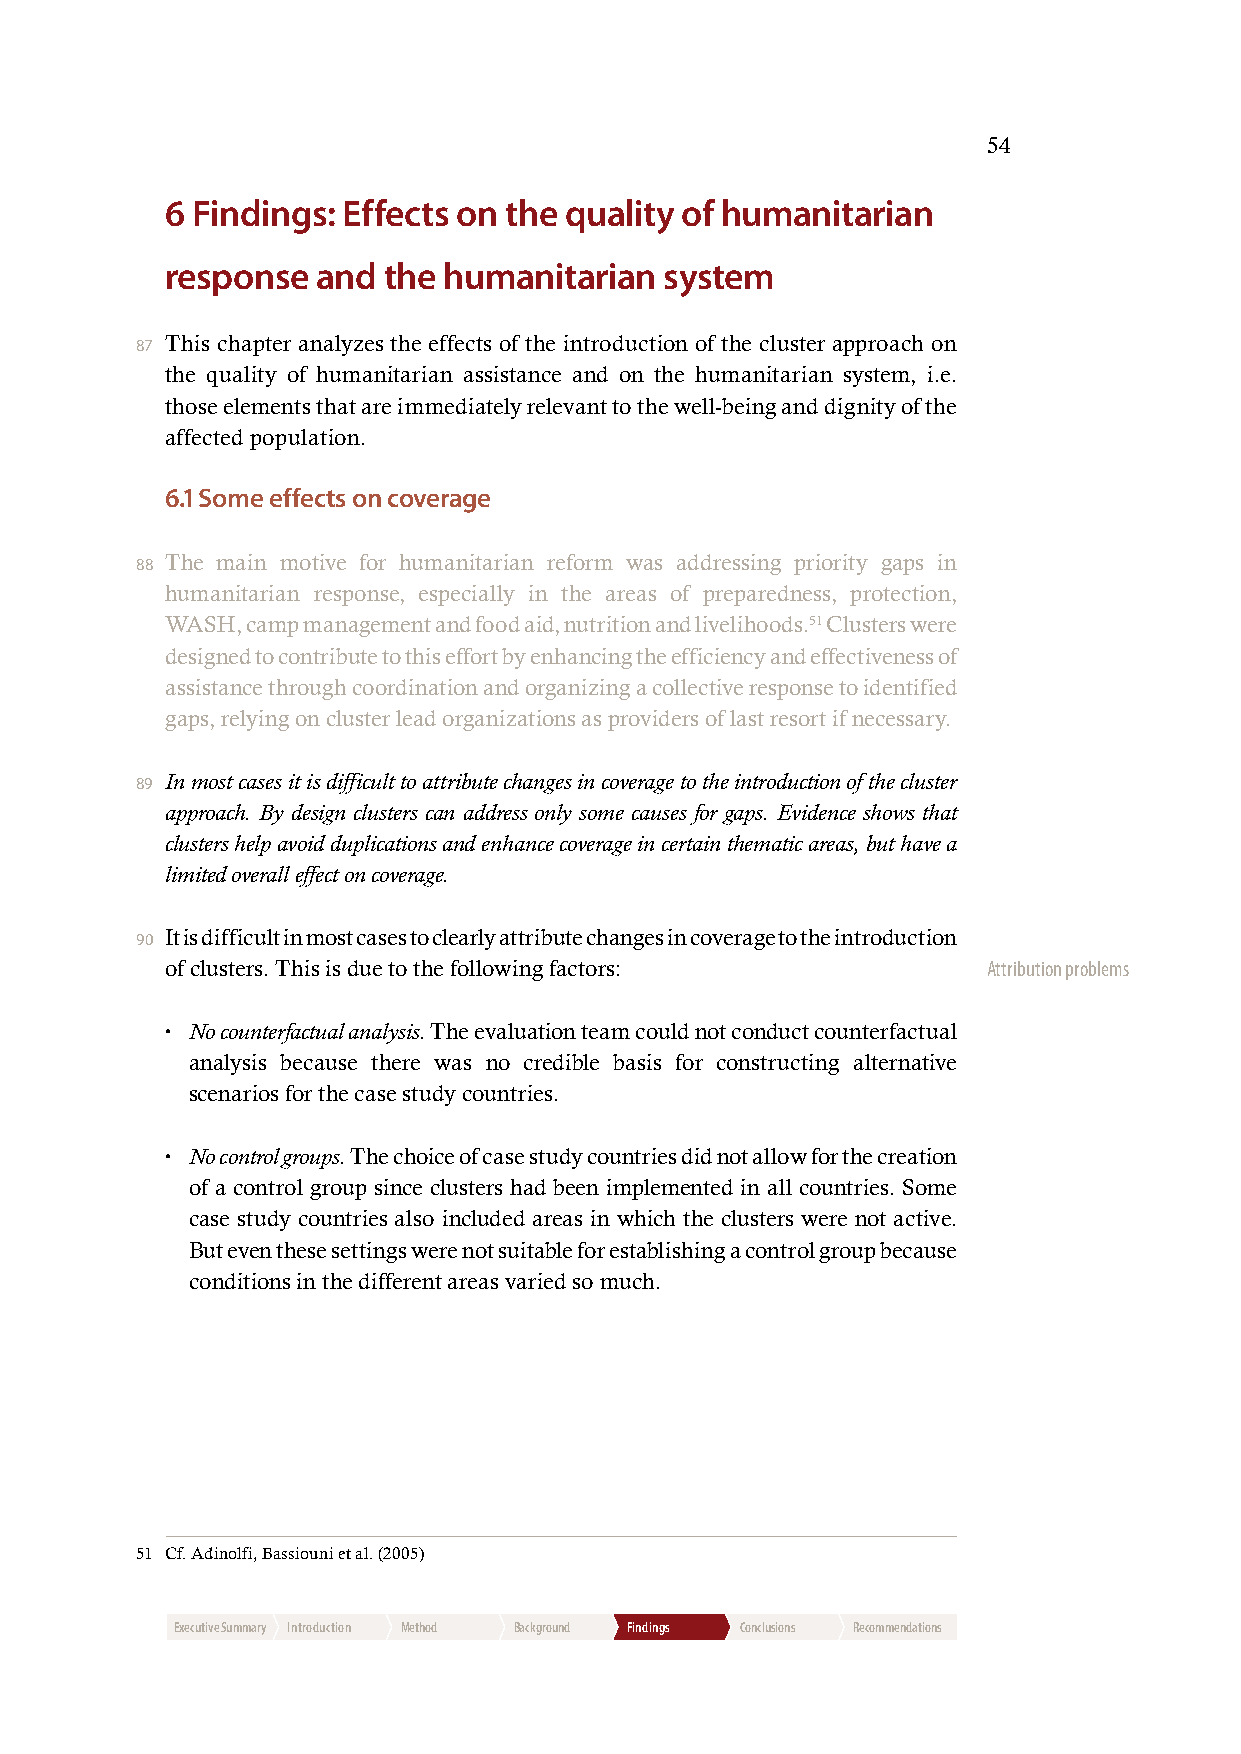
54
 6 Findings: Effects on the quality of humanitarian
 response  and the humanitarian   system
 87 This chapter analyzes the effects of the introduction of the cluster approach on
 the quality of humanitarian assistance and on the humanitarian system, i.e.
 those elements that are immediately relevant to the well-being and dignity of the
 affected population.
 6.1 Some effects on coverage
 88 The main motive for humanitarian reform was addressing priority gaps in
 humanitarian response, especially in the areas of preparedness, protection,
 WASH, camp management and food aid, nutrition and livelihoods.51 Clusters were
 designed to contribute to this effort by enhancing the efficiency and effectiveness of
 assistance through coordination and organizing a collective response to identified
 gaps, relying on cluster lead organizations as providers of last resort if necessary.
 89 In most cases it is difficult to attribute changes in coverage to the introduction of the cluster
 approach. By design clusters can address only some causes for gaps. Evidence shows that
 clusters help avoid duplications and enhance coverage in certain thematic areas, but have a
 limited overall effect on coverage.
 90 It is difficult in most cases to clearly attribute changes in coverage to the introduction
 of clusters. This is due to the following factors:    Attribution problems
 • N o counterfactual analysis. The evaluation team could not conduct counterfactual
 analysis because there was no credible basis for constructing alternative
 scenarios for the case study countries.
 • No control groups. The choice of case study countries did not allow for the creation
 of a control group since clusters had been implemented in all countries. Some
 case study countries also included areas in which the clusters were not active.
 But even these settings were not suitable for establishing a control group because
 conditions in the different areas varied so much.
 51 Cf. Adinolfi, Bassiouni et al. (2005)
 Executive Summary Introduction Method Background Findings Conclusions Recommendations